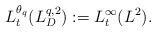
LaTeX: \begin{align*}L_t^{\theta_q}(L^{q,2}_D):=L^\infty_t(L^2).\end{align*}